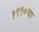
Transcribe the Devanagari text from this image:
१९९०चा